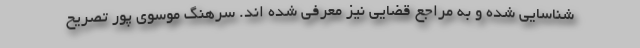
شناسایی شده و به مراجع قضایی نیز معرفی شده ‌اند. سرهنگ موسوی پور تصریح